Annual report of the Imperial Bacteriological Laboratory, Muktesar
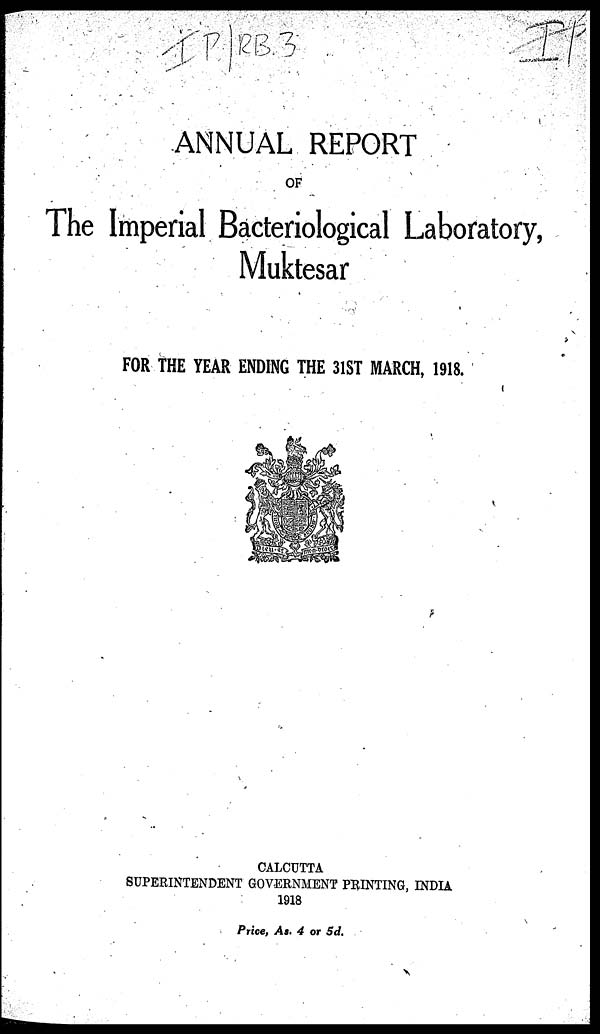
ANNUAL REPORT
OF
The Imperial Bacteriological Laboratory,
Muktesar
FOR THE YEAR ENDING THE 31ST MARCH, 1918.
CALCUTTA
SUPERINTENDENT GOVERNMENT PRINTING, INDIA
1918
Price, As. 4 or 5d.